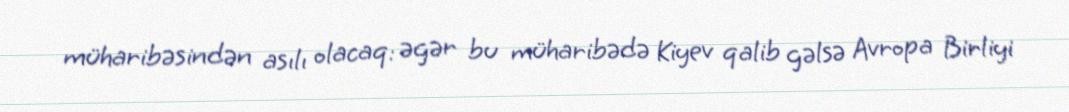
müharibəsindən asılı olacaq: əgər bu müharibədə Kiyev qalib gəlsə Avropa Birliyi